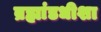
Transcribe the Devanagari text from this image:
ब्रह्मांडधीशा